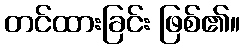
တင်ထားခြင်း ဖြစ်၏။